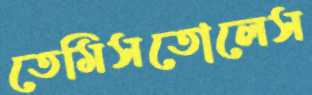
তেমিসতোলেস